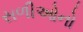
સળીઓનો